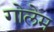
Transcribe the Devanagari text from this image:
गोलेम